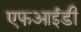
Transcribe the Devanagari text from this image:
एफआईडी